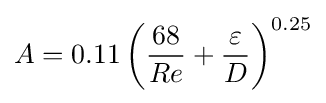
A=0.11\left({\frac {68}{Re}}+{\frac {\varepsilon }{D}}\right)^{0.25}